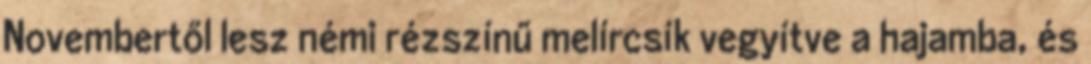
Novembertől lesz némi rézszínű melírcsík vegyítve a hajamba, és